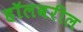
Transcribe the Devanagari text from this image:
हॉलवरील